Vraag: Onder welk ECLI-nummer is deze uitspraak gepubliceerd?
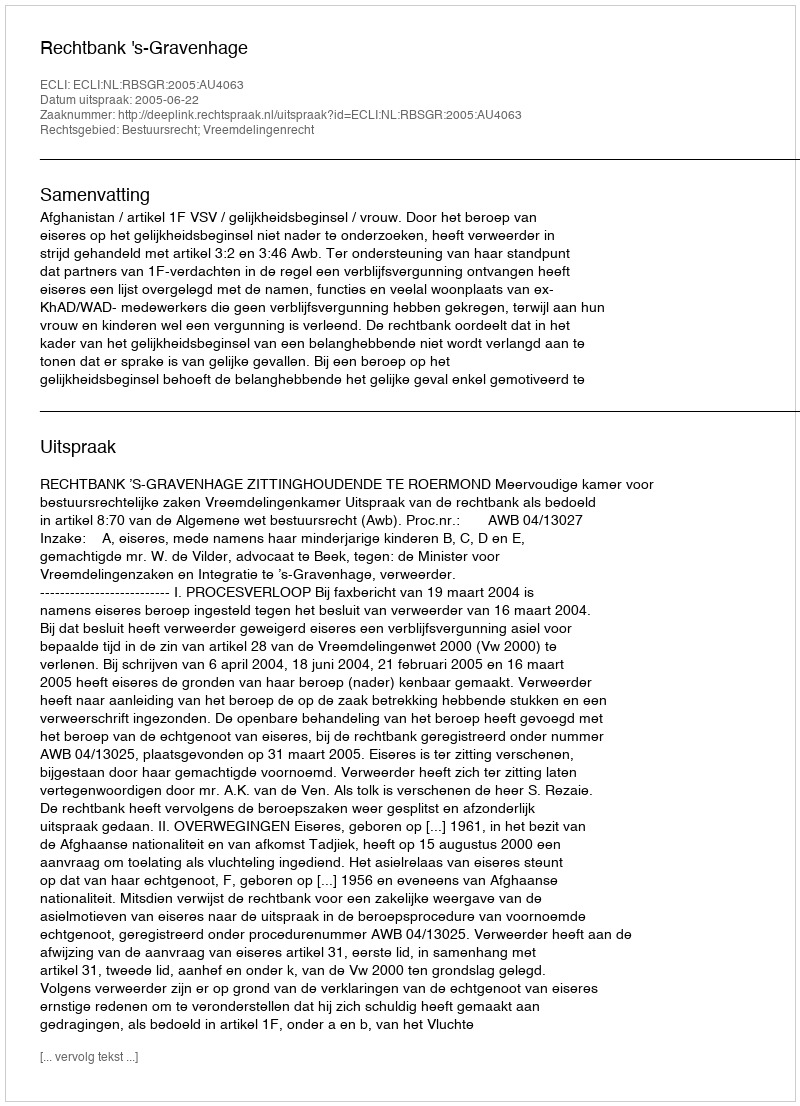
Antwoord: ECLI:NL:RBSGR:2005:AU4063